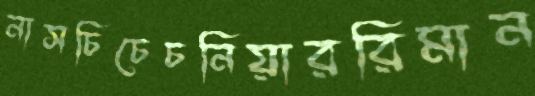
নাসচিচেচনিয়াররিমান